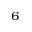
_ 6